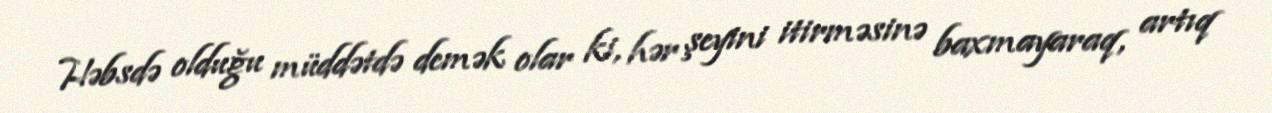
Həbsdə olduğu müddətdə demək olar ki, hər şeyini itirməsinə baxmayaraq, artıq